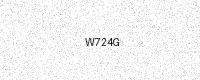
Text: W724G